Civil Veterinary Dept. Bombay admin report 1900-1906 - 1900-1906
Year: 1900
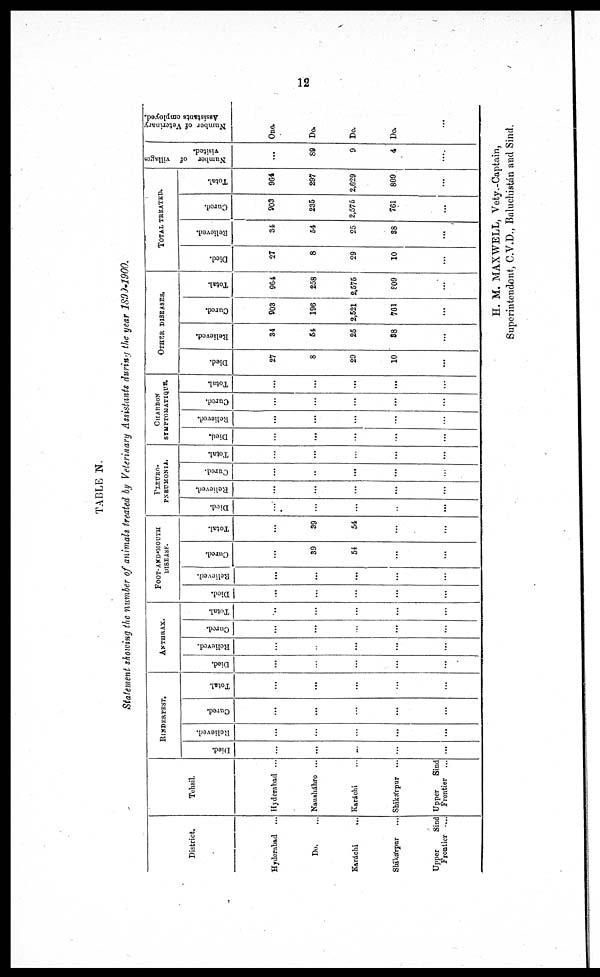
12
TABLE N.
Statement showing the number of animals treated by Veterinary Assistants during the year 1890-1900.
District.
Hyderabad ...
Do. ...
Karáchi ...
Shikárpur ...
Upper
Sind
Frontier ....
Tehsil.
Hyderabad ...
Nausháhro ...
Karáchi ...
Shikárpur ...
Upper
Sind
Frontier ...
RINDERPEST.
Died.
...
...
...
...
...
Relieved.
...
...
...
...
...
Cured.
...
...
...
...
...
Total.
...
...
...
...
...
ANTHRAX.
Died.
...
...
...
...
...
Relieved.
...
...
...
...
...
Cured.
...
...
...
...
...
Total.
......
...
...
...
...
FOOT-AND- MOUTH
DISEASE.
Died.
...
...
...
...
...
Relieved.
...
...
...
...
...
Cured.
...
39
54
...
...
Total.
...
39
54
...
...
PLEURO-
PNEUMONIA.
Died.
...
...
...
...
...
Relieved.
...
...
...
...
...
Cured.
...
...
...
...
...
Total.
...
...
...
...
...
CHARBON
SYMPTOMATIQUE.
Died.
...
...
...
...
...
Relieved.
...
...
...
...
...
Cured.
...
...
...
...
...
Total.
...
...
...
...
...
OTHER DISEASES.
Died.
27
8
29
10
...
Relieved.
34
54
25
38
...
Cured.
903
196
2,521
761
...
Total.
964
258
2,575
809
...
TOTAL TREATED.
Died.
27
8
29
10
...
Relieved.
34
54
25
38
...
Cured.
903
235
2,575
761
...
Total.
964
297
2,629
809
...
Number of villages
visited.
...
89
9
4
....
Number of Veterinary
Assistants employed.
One.
Do.
Do.
Do.
...
H. M. MAXWELL, Vety.-Captain,
Superintendent, C. V. D., Baluchistán and Sind.